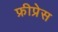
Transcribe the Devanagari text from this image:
फ्रीप्रेस